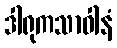
ဒါရုကသာဝါနံ